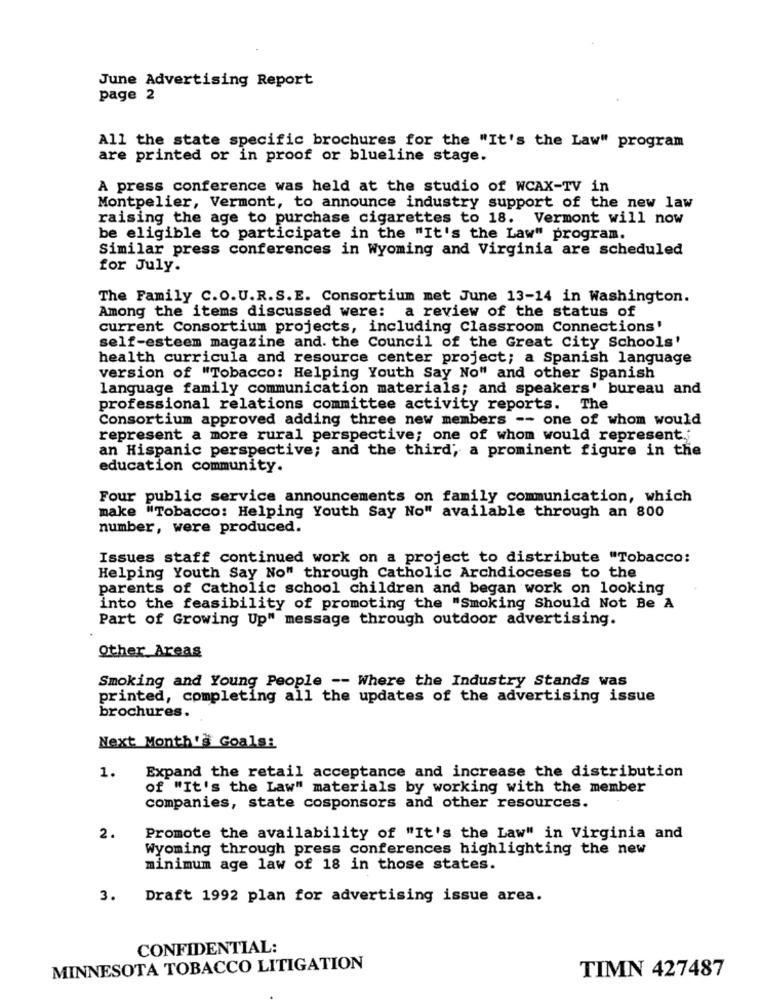
June Advertising Report
page 2
All the state specific brochures for the "It's the Law" program
are printed or in proof or blueline stage.
A press conference was held at the studio of WCAX-TV in
Montpelier, Vermont, to announce industry support of the new law
raising the age to purchase cigarettes to 18. Vermont will now
be eligible to participate in the "It's the Law" program.
Similar press conferences in Wyoming and Virginia are scheduled
for July.
The Family C.O. U.R.S. E. Consortium met June 13-14 in Washington.
Among the items discussed were: a review of the status of
current Consortium projects, including Classroom Connections'
self-esteem magazine and. the Council of the Great City Schools'
health curricula and resource center project; a Spanish language
version of "Tobacco: Helping Youth Say No" and other Spanish
language family communication materials; and speakers' bureau and
professional relations committee activity reports. The
Consortium approved adding three new members -- one of whom would
represent a more rural perspective; one of whom would represent."
an Hispanic perspective; and the third, a prominent figure in the
education community.
Four public service announcements on family communication, which
make "Tobacco: Helping Youth Say No" available through an 800
number, were produced.
Issues staff continued work on a project to distribute "Tobacco:
Helping Youth Say No" through Catholic Archdioceses to the
parents of Catholic school children and began work on looking
into the feasibility of promoting the "Smoking Should Not Be A
Part of Growing Up" message through outdoor advertising.
Other Areas
Smoking and Young People -- Where the Industry Stands was
printed, completing all the updates of the advertising issue
brochures.
Next Month's Goals:
1.
Expand the retail acceptance and increase the distribution
of "It's the Law" materials by working with the member
companies, state cosponsors and other resources.
2.
Promote the availability of "It's the Law" in Virginia and
Wyoming through press conferences highlighting the new
minimum age law of 18 in those states.
3. Draft 1992 plan for advertising issue area.
CONFIDENTIAL:
MINNESOTA TOBACCO LITIGATION
TIMN 427487